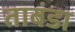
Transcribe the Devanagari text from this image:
ताबंडा